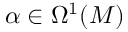
\alpha \in \Omega ^ { 1 } ( M )